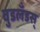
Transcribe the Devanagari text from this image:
वुडलँडस्